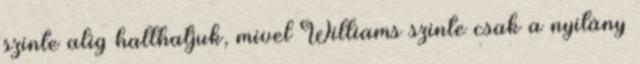
szinte alig hallhatjuk, mivel Williams szinte csak a nyitány